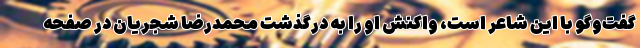
گفت‌وگو با این شاعر است، واکنش او را به درگذشت محمدرضا شجریان در صفحه